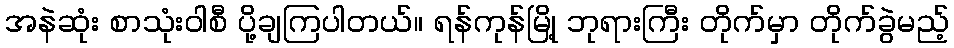
အနဲဆုံး စာသုံးဝါစီ ပို့ချကြပါတယ်။ ရန်ကုန်မြို့ ဘုရားကြီး တိုက်မှာ တိုက်ခွဲမည့်